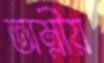
অম্লীয়